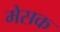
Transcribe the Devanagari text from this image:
मेसक